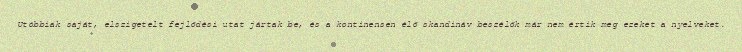
Utóbbiak saját, elszigetelt fejlődési utat jártak be, és a kontinensen élő skandináv beszélők már nem értik meg ezeket a nyelveket.